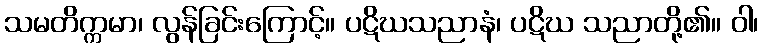
သမတိက္ကမာ၊ လွန်ခြင်းကြောင့်။ ပဋိဃသညာနံ၊ ပဋိဃ သညာတို့၏။ ဝါ၊